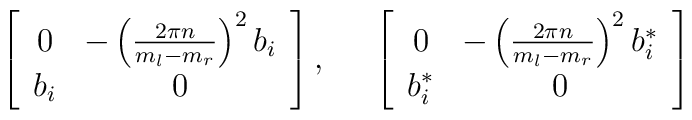
\left[\begin{array}{cc}0&-\left({2\pi n\over m_l-m_r}\right)^2 b_i\\ b_i&0\end{array}\right],\;\;\;\;\;\left[\begin{array}{cc}0&-\left({2\pi n\over m_l-m_r}\right)^2 b_i^*\\ b_i^*&0\end{array}\right]